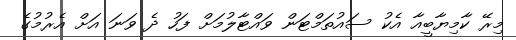
މިރޭ ކާމިޔާބީއާ އެކު ސައުތަމްޓަން ވައްޓާލުމަށް ފަހު ދެ ވަނަ އަށް އެރުމުގެ